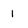
Character: 1